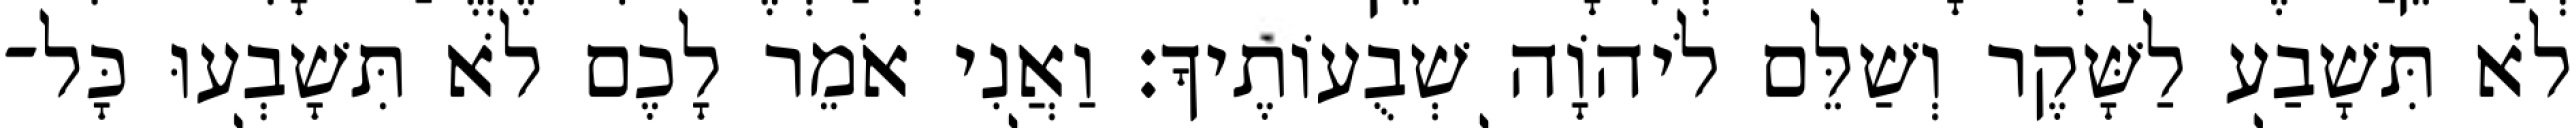
לֹא תִּשָׁבַע לַשָּׁקֶר וְשַׁלֵּם לֹיהוָֹה שְׁבֻעוֹתֶיךָ׃ וַאֲנִי אֹמֵר לָכֶם לֹא תִּשָׁבְעוּ כָּל־